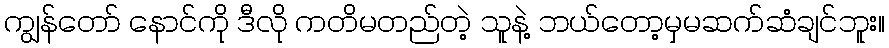
ကျွန်တော် နောင်ကို ဒီလို ကတိမတည်တဲ့ သူနဲ့ ဘယ်တော့မှမဆက်ဆံချင်ဘူး။